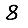
Digit: 8